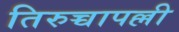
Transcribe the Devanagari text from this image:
तिरुच्चापल्ली